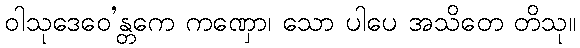
ဝါသုဒေဝေ’န္တကေ ကဏှော၊ သော ပါပေ အသိတေ တိသု။